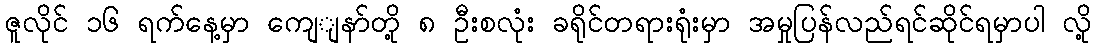
ဇူလိုင် ၁၆ ရက်နေ့မှာ ကျေျနာ်တို့ ၈ ဦးစလုံး ခရိုင်တရားရုံးမှာ အမှုပြန်လည်ရင်ဆိုင်ရမှာပါ လို့